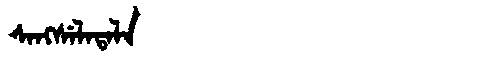
Manchu: ᠰᠠᠩᠰᡝᠯᠠᡨᠠᠯᠠ
Romanization: SANGSELATALA